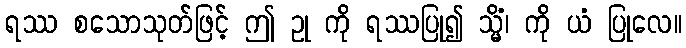
ရဿ စသောသုတ်ဖြင့် ဤ ဥု ကို ရဿပြု၍ သ္မိံ၊ ကို ယံ ပြုလေ။